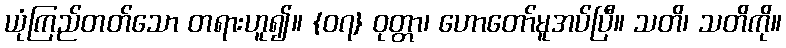
ယုံကြည်တတ်သော တရားဟူ၍။ {၀၇} ဝုတ္တာ၊ ဟောတော်မူအပ်ပြီ။ သတိ၊ သတိကို။